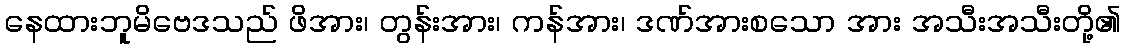
နေထားဘူမိဗေဒသည် ဖိအား၊ တွန်းအား၊ ကန်အား၊ ဒဏ်အားစသော အား အသီးအသီးတို့၏